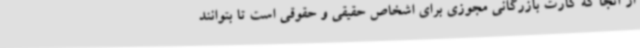
از آنجا که کارت بازرگانی مجوزی برای اشخاص حقیقی و حقوقی است تا بتوانند